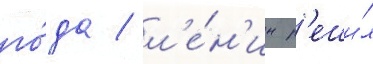
го́да / л'е́н'ин р'еши́л